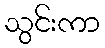
သွင်းကာ